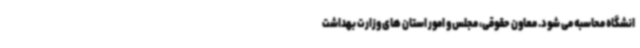
انشگاه محاسبه می شود. معاون حقوقی، مجلس و امور استان های وزارت بهداشت